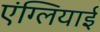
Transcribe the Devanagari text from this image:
एंग्लियाई